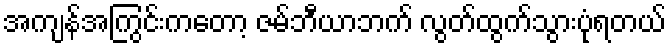
အကျန်အကြွင်းကတော့ ဇမ်ဘီယာဘက် လွတ်ထွက်သွားပုံရတယ်